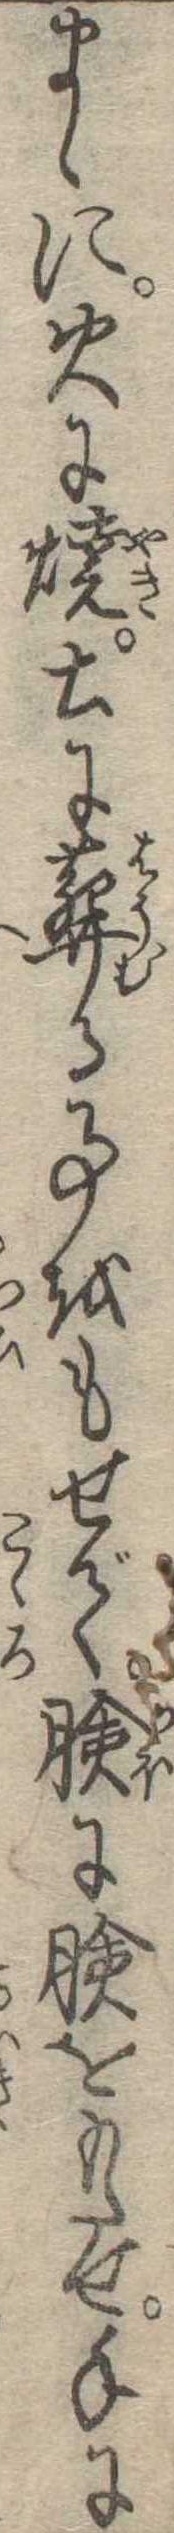
まゝに火に焼土に葬る事をもせで臉に臉をもたせ手に